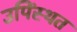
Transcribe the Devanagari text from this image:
उपिंस्थत